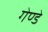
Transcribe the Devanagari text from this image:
गेण्डे